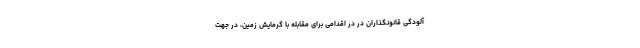
آلودگی قانونگذاران در در اقدامی برای مقابله با گرمایش زمین، در جهت